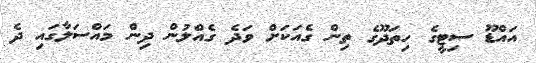
އައްޑޫ ސިޓީގެ ހިތަދޫގެ ތިން ގެއަކަށް ވަދެ ގެއްލުން ދިން މައްސަލާގައި ދެ